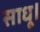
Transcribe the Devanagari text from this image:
साधू।